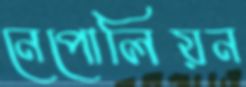
নেপোলিয়ন